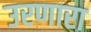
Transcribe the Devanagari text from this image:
उरणारा